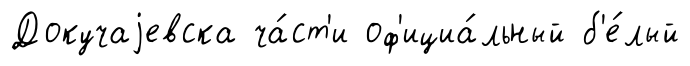
Докучаjевска ча́ст'и оф'ициа́льный б'е́лый